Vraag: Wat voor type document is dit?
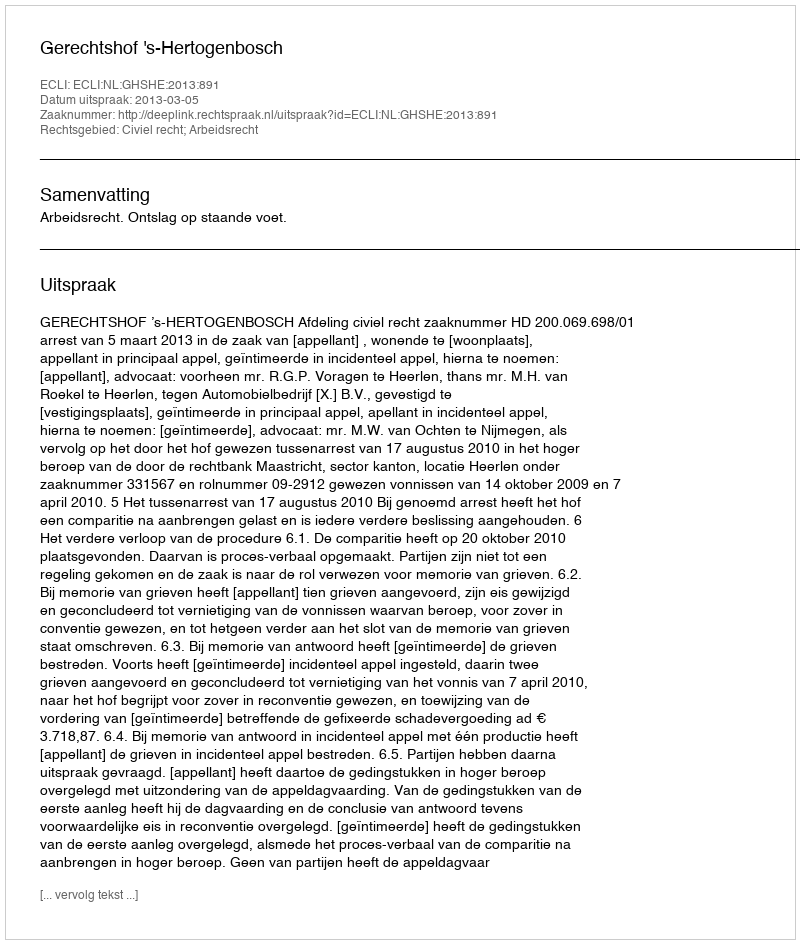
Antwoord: Uitspraak